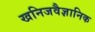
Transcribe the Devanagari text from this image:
खनिजवैज्ञानिक